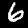
Label: 6